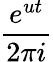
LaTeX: \frac{e^{ut}}{2\pi i}